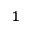
^ { 1 }